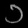
Digit: ၁